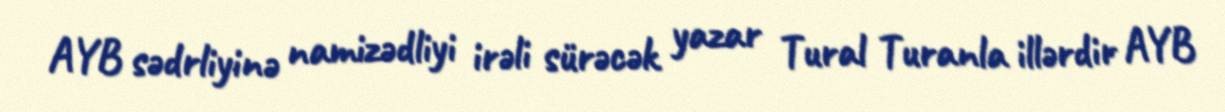
AYB sədrliyinə namizədliyi irəli sürəcək yazar Tural Turanla illərdir AYB